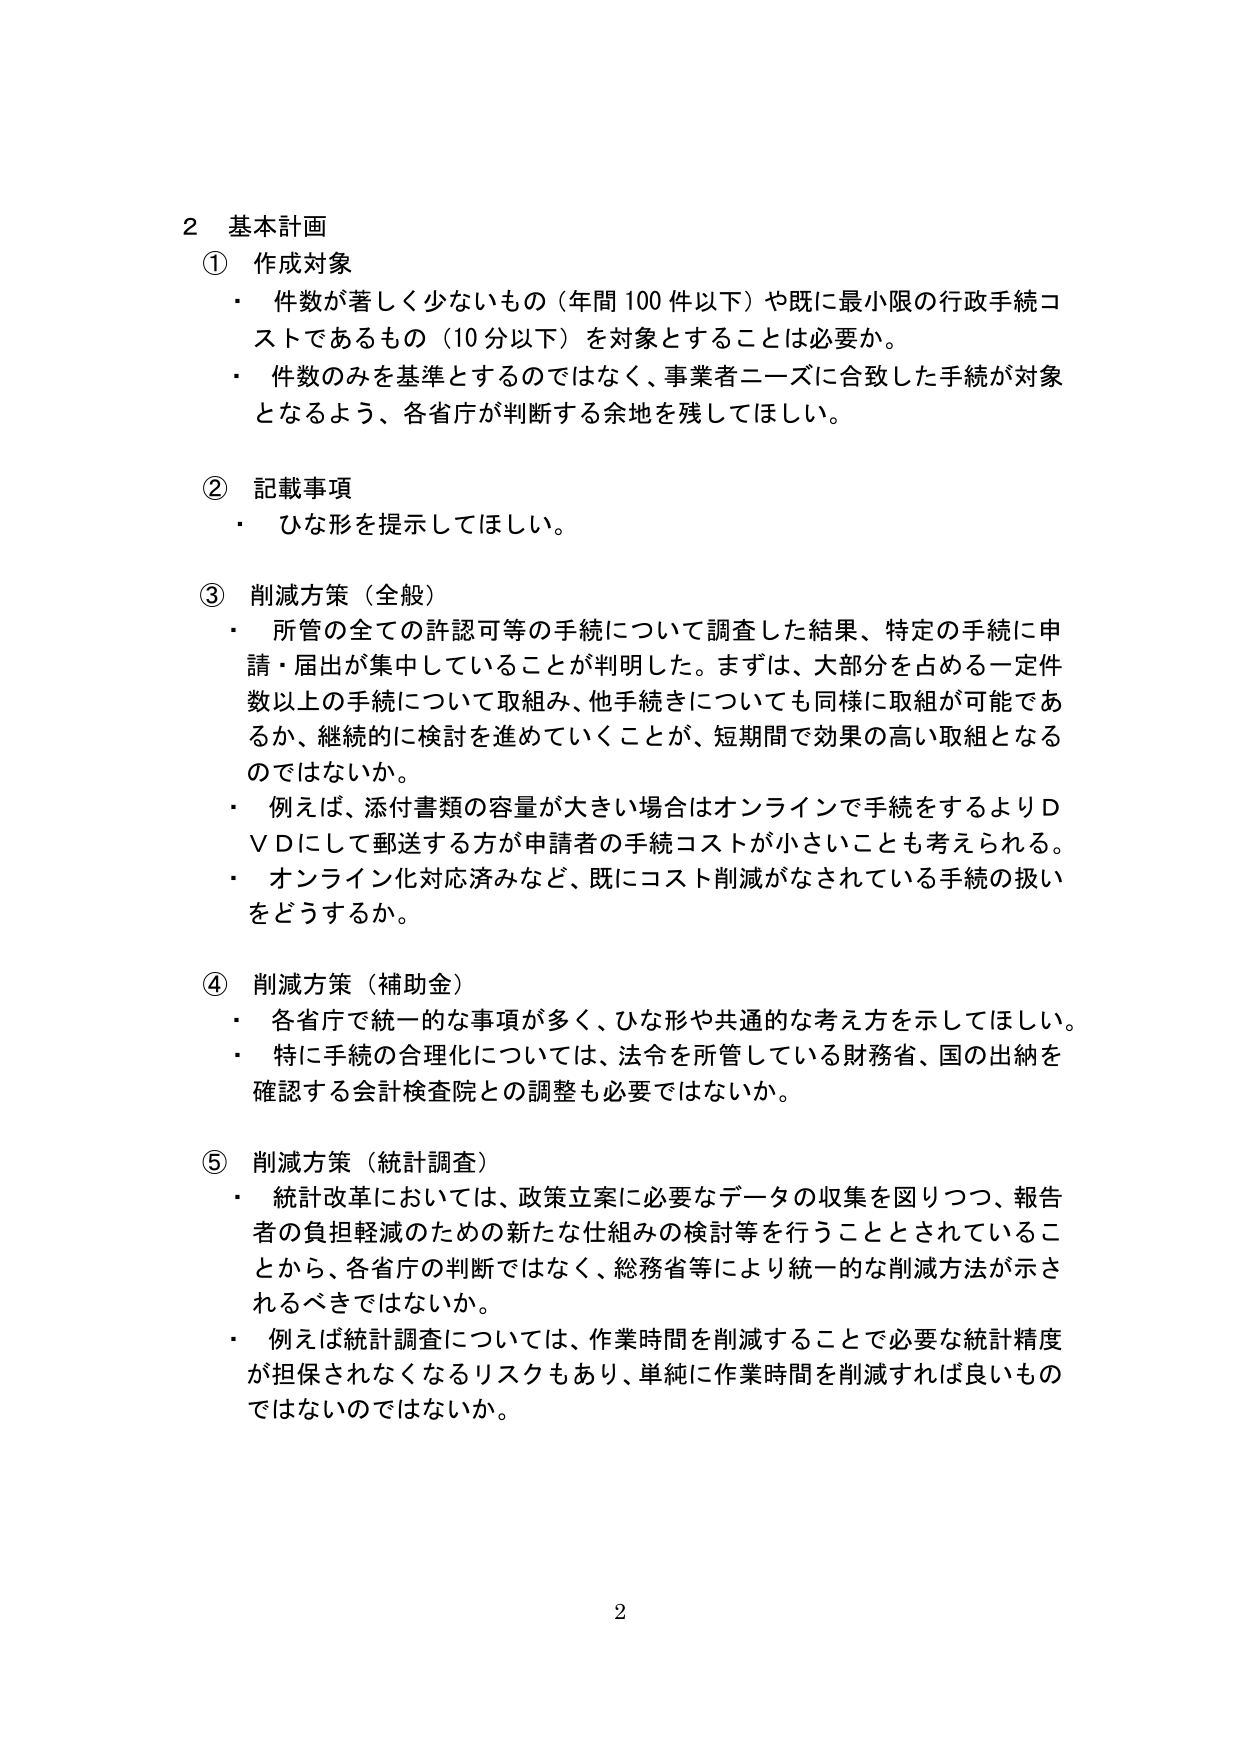
2 基本計画
① 作成対象
・ 件数が著しく少ないもの（年間100件以下）や既に最小限の行政手続コストであるもの（10分以下）を対象とすることは必要か。
・ 件数のみを基準とするのではなく、事業者ニーズに合致した手続が対象となるよう、各省庁が判断する余地を残してほしい。

② 記載事項
・ ひな形を提示してほしい。

③ 削減方策（全般）
・ 所管の全ての許認可等の手続について調査した結果、特定の手続に申請・届出が集中していることが判明した。まずは、大部分を占める一定件数以上の手続について取組み、他手続きについても同様に取組が可能であるか、継続的に検討を進めていくことが、短期間で効果の高い取組となるのではないか。
・ 例えば、添付書類の容量が大きい場合はオンラインで手続をするよりDVDにして郵送する方が申請者の手続コストが小さいことも考えられる。
・ オンライン化対応済みなど、既にコスト削減がなされている手続の扱いをどうするか。

④ 削減方策（補助金）
・ 各省庁で統一的な事項が多く、ひな形や共通的な考え方を示してほしい。
・ 特に手続の合理化については、法令を所管している財務省、国の出納を確認する会計検査院との調整も必要ではないか。

⑤ 削減方策（統計調査）
・ 統計改革においては、政策立案に必要なデータの収集を図りつつ、報告者の負担軽減のための新たな仕組みの検討等を行うこととされていることから、各省庁の判断ではなく、総務省等により統一的な削減方法が示されるべきではないか。
・ 例えば統計調査については、作業時間を削減することで必要な統計精度が担保されなくなるリスクもあり、単純に作業時間を削減すれば良いものではないのではないか。

2